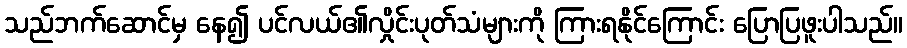
သည်ဘက်ဆောင်မှ နေ၍ ပင်လယ်၏လှိုင်းပုတ်သံများကို ကြားရနိုင်ကြောင်း ပြောပြဖူးပါသည်။